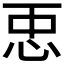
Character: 𢘑